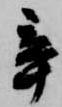
辛